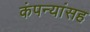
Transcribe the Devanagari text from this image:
कंपन्यांसह